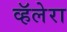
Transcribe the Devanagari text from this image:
व्हॅलेरा